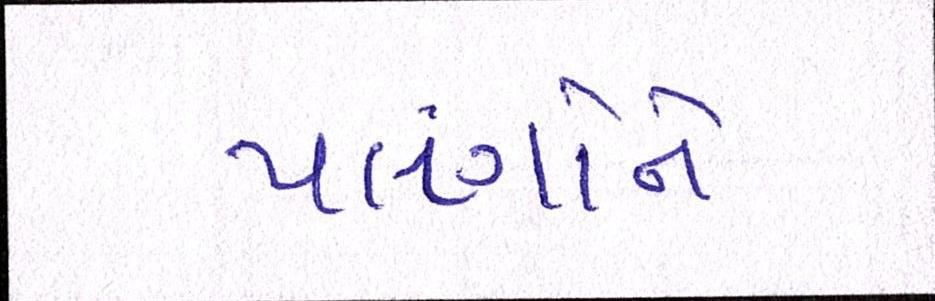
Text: પલંગોને